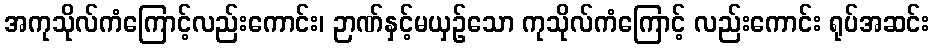
အကုသိုလ်ကံကြောင့်လည်းကောင်း၊ ဉာဏ်နှင့်မယှဉ်သော ကုသိုလ်ကံကြောင့် လည်းကောင်း ရုပ်အဆင်း